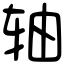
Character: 轴